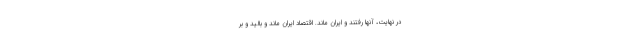
در نهایت، آنها رفتند و ایران ماند. اقتصاد ایران ماند و بالید و بر